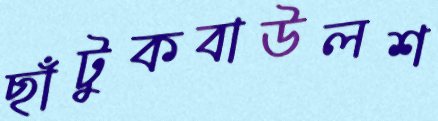
ছাঁটুকবাউলশ